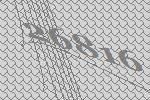
26816